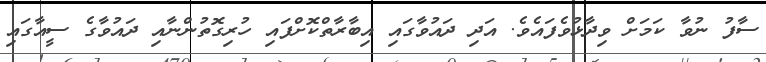
ސާފު ނުވާ ކަމަށް ވިދާޅުވެފައެވެ. އަދި ދައުވާގައި އިބާރާތްކޮށްފައި ހުރިގޮތުންނާއި ދައުވާގެ ސީއާގައި